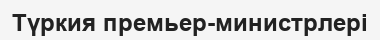
Түркия премьер-министрлері